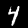
Label: 4